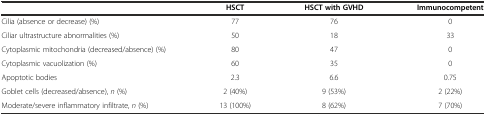
<table><thead><tr><td></td><td><b>HSCT</b></td><td><b>HSCT with GVHD</b></td><td><b>Immunocompetent</b></td></tr></thead><tbody><tr><td>Cilia (absence or decrease) (%)</td><td>77</td><td>76</td><td>0</td></tr><tr><td>Ciliar ultrastructure abnormalities (%)</td><td>50</td><td>18</td><td>33</td></tr><tr><td>Cytoplasmic mitochondria (decreased/absence) (%)</td><td>80</td><td>47</td><td>0</td></tr><tr><td>Cytoplasmic vacuolization (%)</td><td>60</td><td>35</td><td>0</td></tr><tr><td>Apoptotic bodies</td><td>2.3</td><td>6.6</td><td>0.75</td></tr><tr><td>Goblet cells (decreased/absence), <i>n</i> (%)</td><td>2 (40%)</td><td>9 (53%)</td><td>2 (22%)</td></tr><tr><td>Moderate/severe inflammatory infiltrate, <i>n</i> (%)</td><td>13 (100%)</td><td>8 (62%)</td><td>7 (70%)</td></tr></tbody></table>